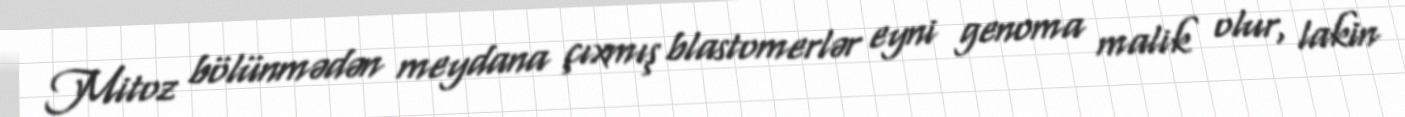
Mitoz bölünmədən meydana çıxmış blastomerlər eyni genoma malik olur, lakin